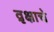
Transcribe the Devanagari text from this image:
व्रृक्षाचे